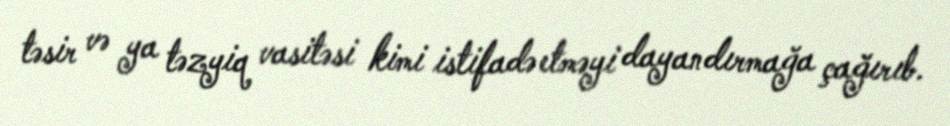
təsir və ya təzyiq vasitəsi kimi istifadə etməyi dayandırmağa çağırıb.